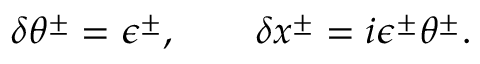
\delta \theta ^ { \pm } = \epsilon ^ { \pm } , \qquad \delta x ^ { \pm } = i \epsilon ^ { \pm } \theta ^ { \pm } .